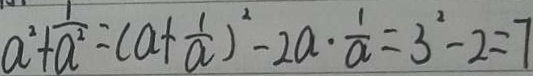
a ^ { 2 } + \frac { 1 } { a ^ { 2 } } = ( a + \frac { 1 } { a } ) ^ { 2 } - 2 a \cdot \frac { 1 } { a } = 3 ^ { 2 } - 2 = 7